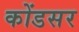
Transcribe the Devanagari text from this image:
कोंडसर